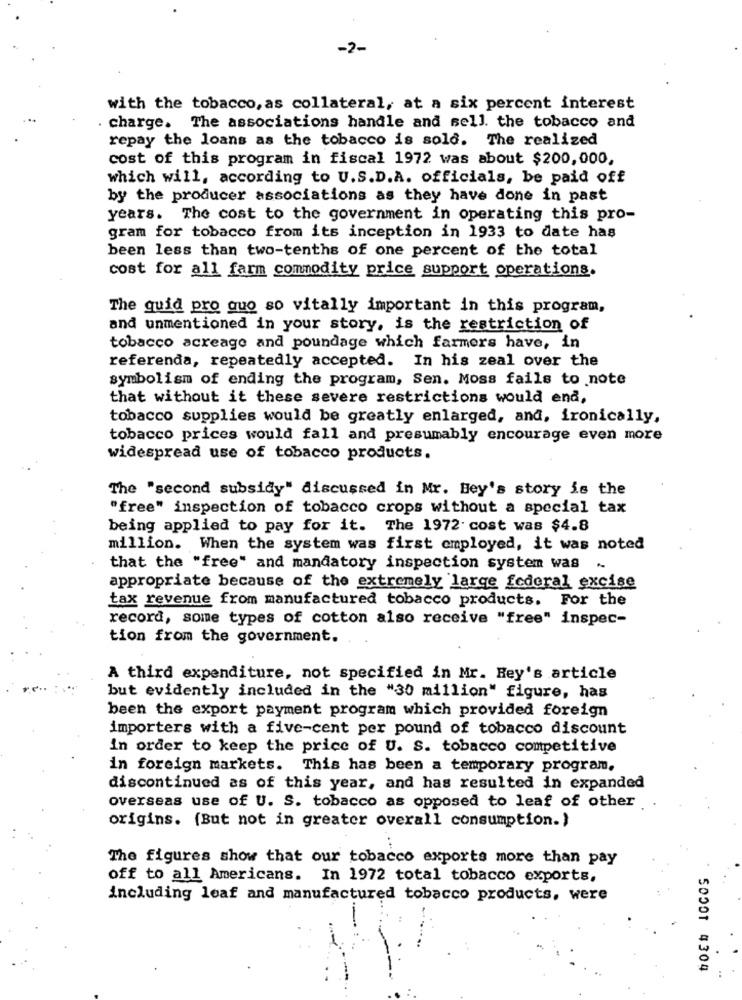
-2-
with the tobacco, as collateral, at a six percent interest
charge. The associations handle and sell. the tobacco and
repay the loans as the tobacco is sold. The realized
cost of this program in fiscal 1972 was about $200,000,
which will, according to U.S.D.A. officials, be paid off
by the producer associations as they have done in past
years. The cost to the government in operating this pro-
gram for tobacco from its inception in 1933 to date has
been less than two-tenths of one percent of the total
cost for all farm commodity price support operations.
The quid pro quo so vitally important in this program,
and unmentioned in your story, is the restriction of
tobacco acreage and poundage which farmers have, in
referenda, repeatedly accepted. In his zeal over the
symbolism of ending the program, Sen. Moss fails to note
that without it these severe restrictions would end,
tobacco supplies would be greatly enlarged, and, ironically,
tobacco prices would fall and presumably encourage even more
widespread use of tobacco products.
The "second subsidy" discussed in Mr. Hey's story is the
"free" inspection of tobacco crops without a special tax
being applied to pay for it. The 1972. cost was $4.8
million. When the system was first employed, it was noted
that the "free" and mandatory inspection system was .
appropriate because of the extremely large federal excise
tax revenue from manufactured tobacco products. For the
record, some types of cotton also receive "free" inspec-
tion from the government.
A third expenditure, not specified in Mr. Hey's article
but evidently included in the "30 million" figure, has
been the export payment program which provided foreign
importers with a five-cent per pound of tobacco discount
in order to keep the price of U. S. tobacco competitive
in foreign markets. This has been a temporary program.
discontinued as of this year, and has resulted in expanded
overseas use of U. S. tobacco as opposed to leaf of other
origins. (But not in greater overall consumption.)
The figures show that our tobacco exports more than pay
toEb IOCOS
off to all Americans. In 1972 total tobacco exports,
including leaf and manufactured tobacco products, were